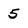
Character: 5